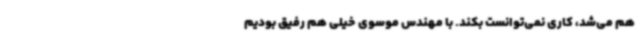
هم می‌شد، کاری نمی‌توانست بکند. با مهندس موسوی خیلی هم رفیق بودیم